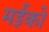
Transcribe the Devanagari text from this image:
मईको